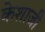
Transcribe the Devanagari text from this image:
केशाजी